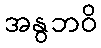
အနွဘဝိ